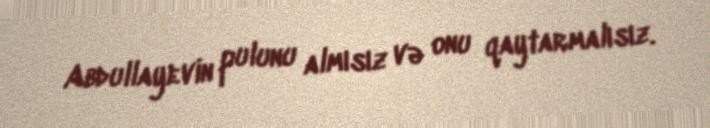
Abdullayevin pulunu almısız və onu qaytarmalısız.